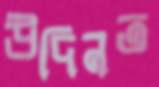
উদিনত